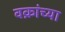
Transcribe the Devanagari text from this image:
वक्रांच्या